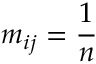
m _ { i j } = \frac { 1 } { n }